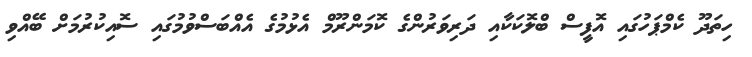
ހިތަދޫ ކެމްޕަހުގައި އޮފީސް ބްލޮކަކާއި ދަރިވަރުންގެ ކޮމަންރޫމް އެޅުމުގެ އެއްބަސްވުމުގައި ސޮއިކުރުމަށް ބޭއްވި